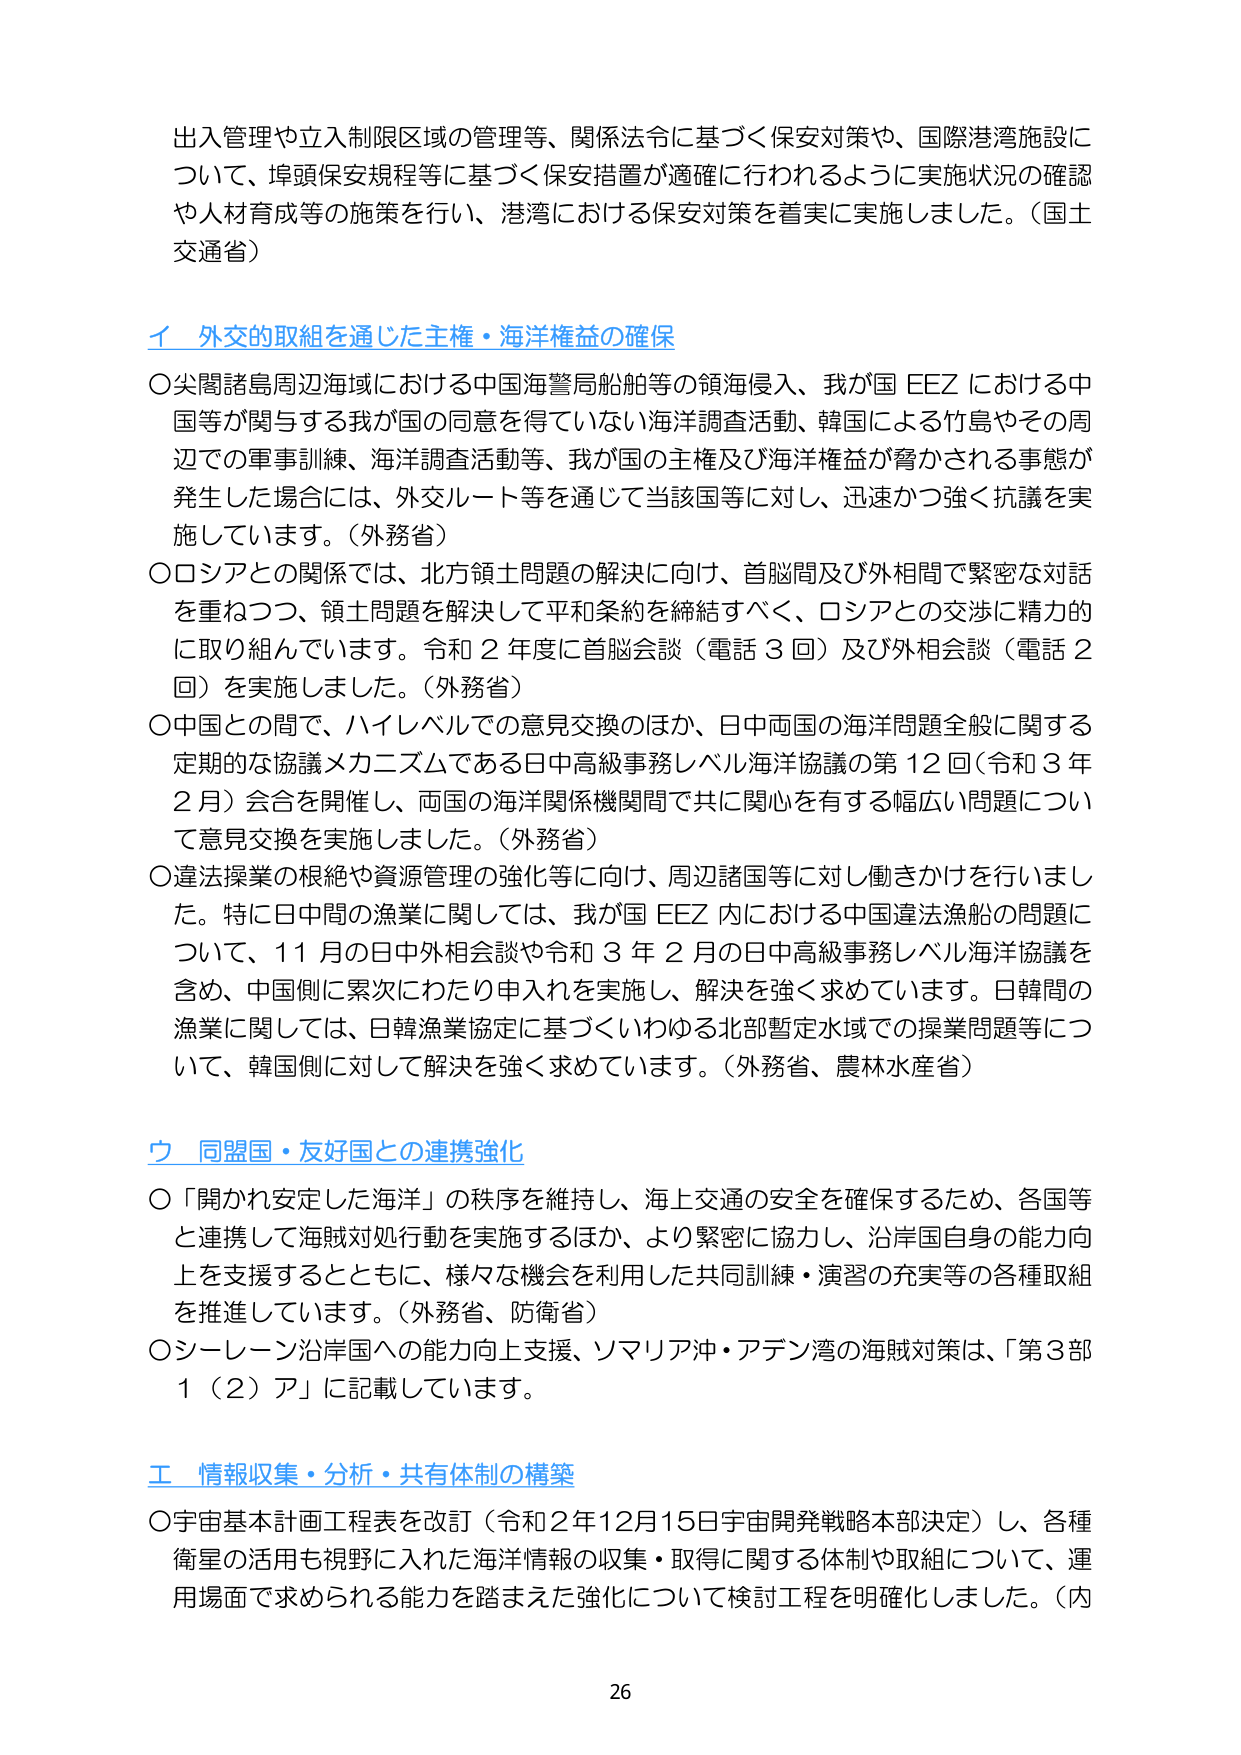
出入管理や立入制限区域の管理等、関係法令に基づく保安対策や、国際港湾施設について、埠頭保安規程等に基づく保安措置が適確に行われるように実施状況の確認や人材育成等の施策を行い、港湾における保安対策を着実に実施しました。（国土交通省）

イ 外交的取組を通じた主権・海洋権益の確保

〇尖閣諸島周辺海域における中国海警局船舶等の領海侵入、我が国 EEZ における中国等が関与する我が国の同意を得ていない海洋調査活動、韓国による竹島やその周辺での軍事訓練、海洋調査活動等、我が国の主権及び海洋権益が脅かされる事態が発生した場合には、外交ルート等を通じて当該国等に対し、迅速かつ強く抗議を実施しています。（外務省）

〇ロシアとの関係では、北方領土問題の解決に向け、首脳間及び外相間で緊密な対話を重ねつつ、領土問題を解決して平和条約を締結すべく、ロシアとの交渉に精力的に取り組んでいます。令和２年度に首脳会談（電話３回）及び外相会談（電話２回）を実施しました。（外務省）

〇中国との間で、ハイレベルでの意見交換のほか、日中両国の海洋問題全般に関する定期的な協議メカニズムである日中高級事務レベル海洋協議の第12回（令和3年2月）会合を開催し、両国の海洋関係機関間で共に関心を有する幅広い問題について意見交換を実施しました。（外務省）

〇違法操業の根絶や資源管理の強化等に向け、周辺諸国等に対し働きかけを行いました。特に日中間の漁業に関しては、我が国 EEZ 内における中国違法漁船の問題について、11月の日中外相会談や令和3年2月の日中高級事務レベル海洋協議を含め、中国側に累次にわたり申入れを実施し、解決を強く求めています。日韓間の漁業に関しては、日韓漁業協定に基づくいわゆる北部暫定水域での操業問題等について、韓国側に対して解決を強く求めています。（外務省、農林水産省）

ウ 同盟国・友好国との連携強化

〇「開かれた安定した海洋」の秩序を維持し、海上交通の安全を確保するため、各国等と連携して海賊対処行動を実施するほか、より緊密に協力し、沿岸国自身の能力向上を支援するとともに、様々な機会を利用した共同訓練・演習の充実等の各種取組を推進しています。（外務省、防衛省）

〇シーレーン沿岸国への能力向上支援、ソマリア沖・アデン湾の海賊対策は、「第3部1（2）ア」に記載しています。

エ 情報収集・分析・共有体制の構築

〇宇宙基本計画工程表を改訂（令和2年12月15日宇宙開発戦略本部決定）し、各種衛星の活用も視野に入れた海洋情報の収集・取得に関する体制や取組について、運用場面で求められる能力を踏まえた強化について検討工程を明確化しました。（内

26